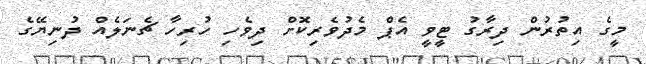
މީގެ އިތުރުން ދިރާގު ޓީވީ އެޕް މެދުވެރިކޮށް ދިވެހި ހުރިހާ ޗެނަލެއް ދުނިޔޭގެ